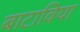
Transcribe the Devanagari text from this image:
बाटाविया